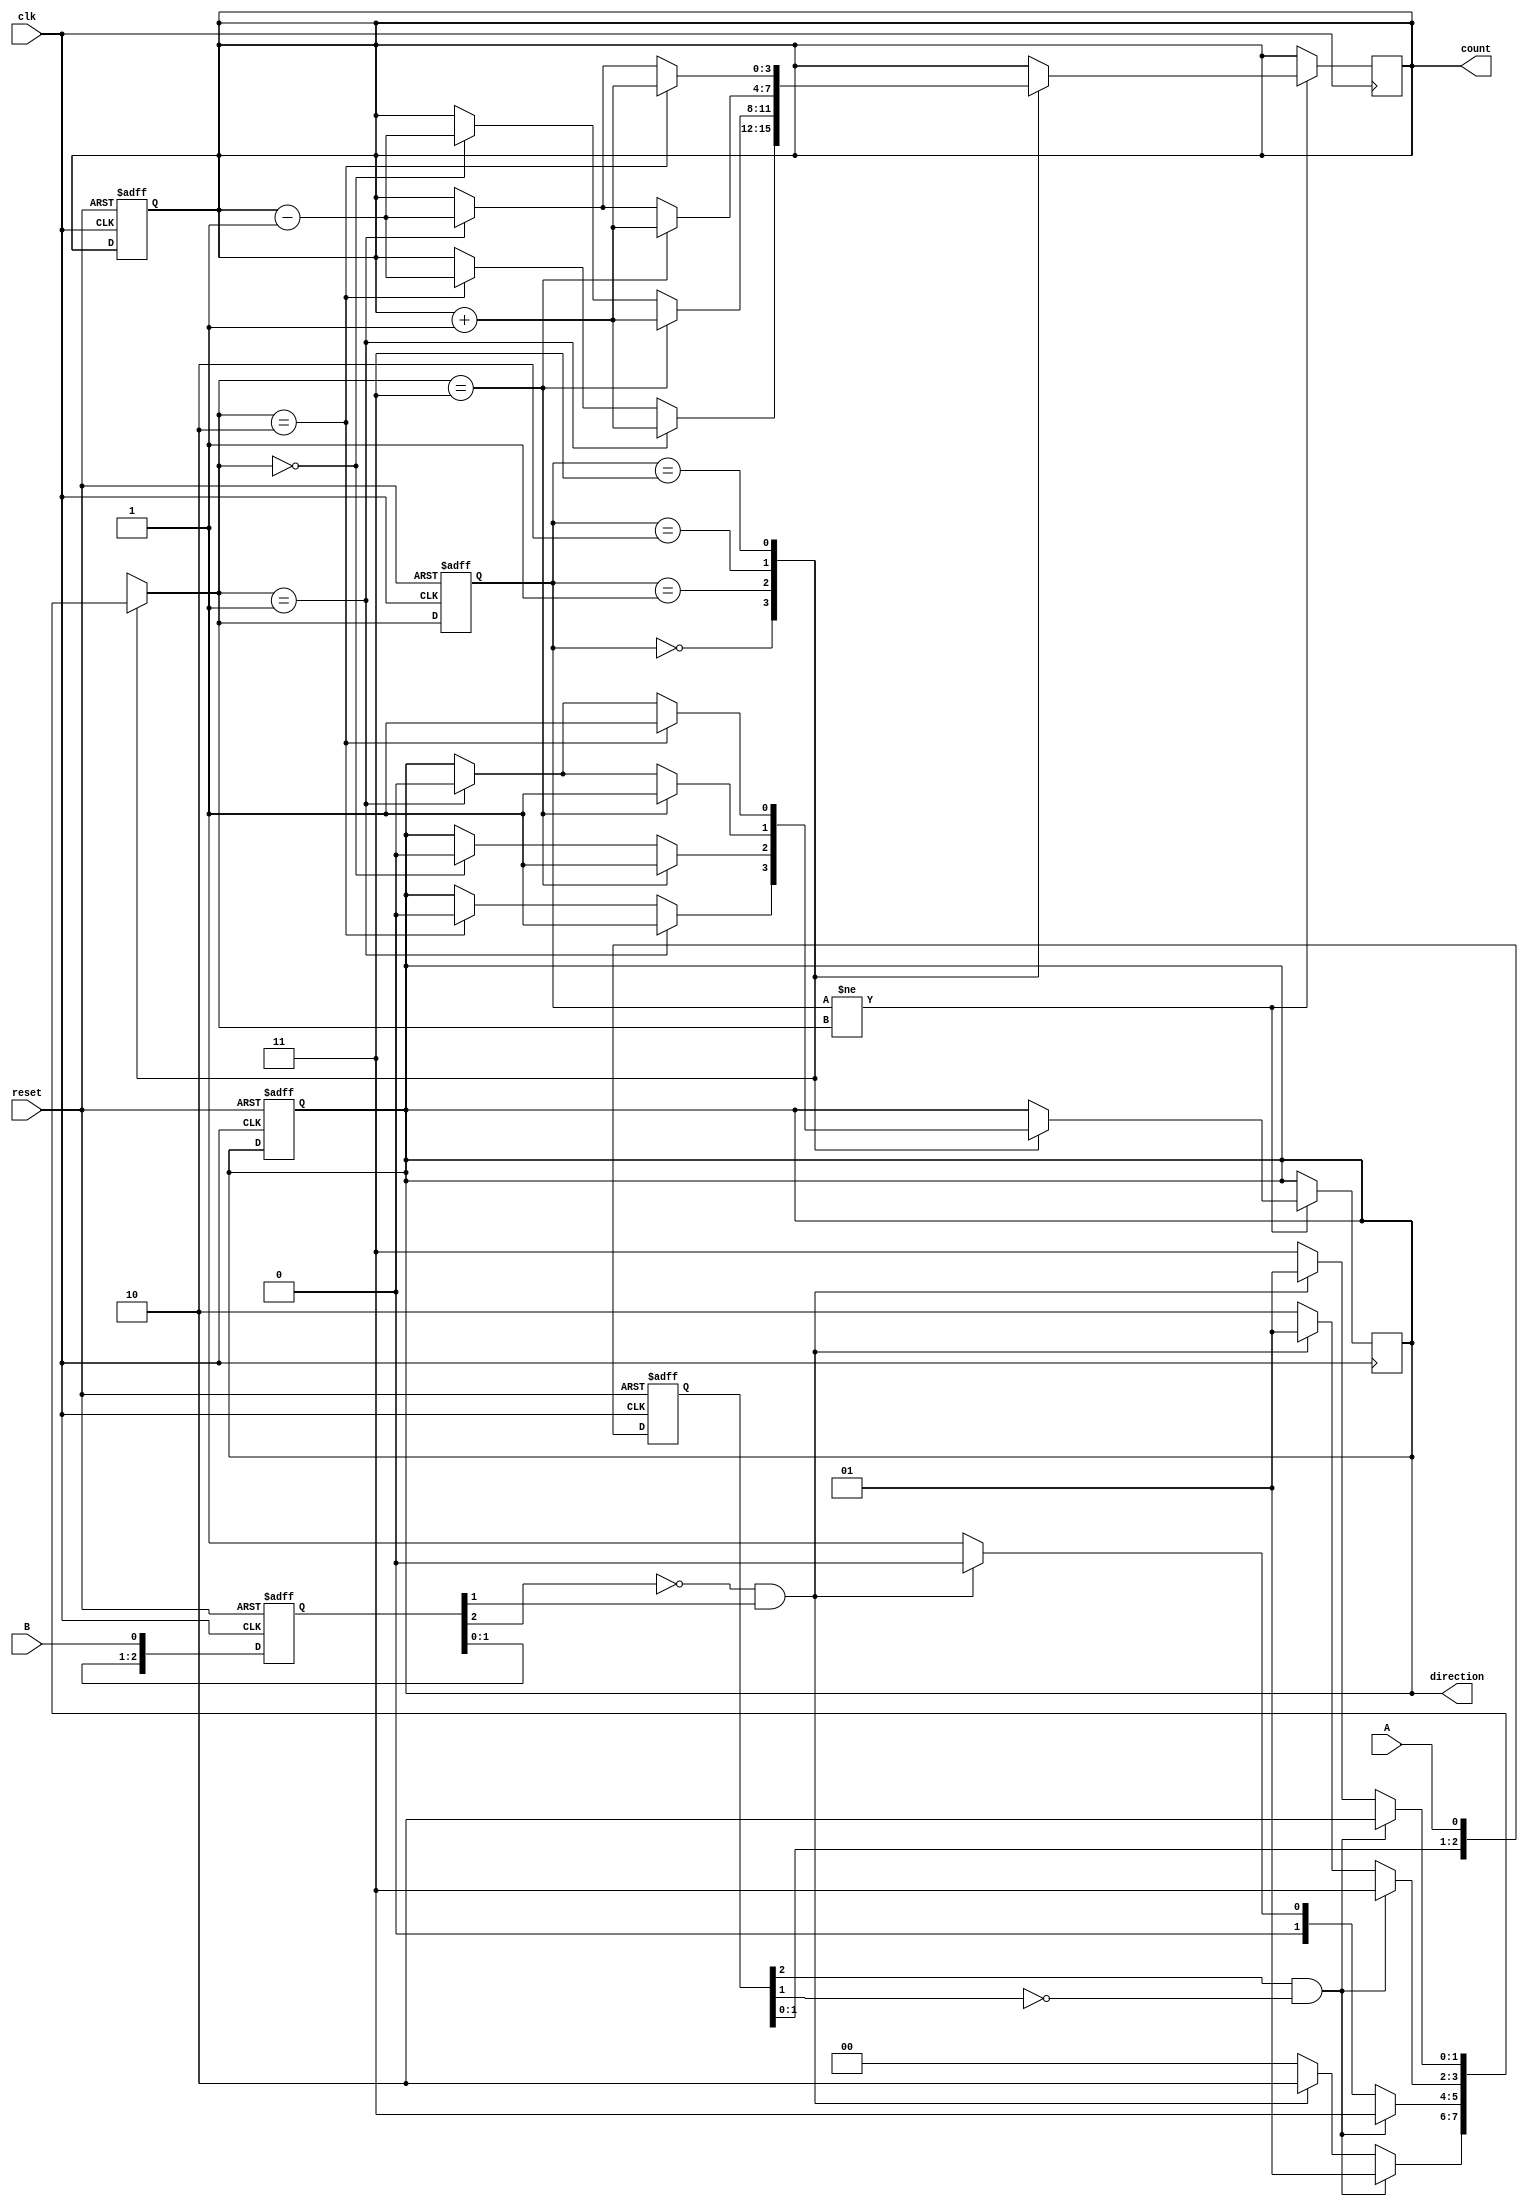
module rotary_encoder (
    input wire clk,          // Clock signal for debouncing
    input wire reset,        // Asynchronous reset
    input wire A,           // Current position signal A
    input wire B,           // Current position signal B
    output reg [3:0] count, // 4-bit counter output
    output reg direction     // Direction: 1 for clockwise, 0 for counterclockwise
);

    // State encoding
    reg [1:0] current_state, next_state;
    reg [1:0] last_state;

    // State definitions
    localparam STATE_00 = 2'b00;
    localparam STATE_01 = 2'b01;
    localparam STATE_10 = 2'b10;
    localparam STATE_11 = 2'b11;

    // Debounce logic (simple example, may need adjustment for real applications)
    reg [2:0] debounce_A;
    reg [2:0] debounce_B;

    always @(posedge clk or posedge reset) begin
        if (reset) begin
            debounce_A <= 3'b000;
            debounce_B <= 3'b000;
        end else begin
            debounce_A <= {debounce_A[1:0], A};
            debounce_B <= {debounce_B[1:0], B};
        end
    end

    // State transition logic
    always @(posedge clk or posedge reset) begin
        if (reset) begin
            current_state <= STATE_00;
            count <= 4'b0000;
            direction <= 1'b0; // Default direction
        end else begin
            current_state <= next_state;
        end
    end

    // Next state logic based on debounced inputs
    always @(*) begin
        case (current_state)
            STATE_00: begin
                if (debounce_A[2] && !debounce_A[1]) begin
                    next_state = STATE_01; // A goes high
                end else if (!debounce_B[2] && debounce_B[1]) begin
                    next_state = STATE_10; // B goes low
                end else begin
                    next_state = STATE_00;
                end
            end
            STATE_01: begin
                if (debounce_A[2] && !debounce_A[1]) begin
                    next_state = STATE_11; // A goes high
                end else if (!debounce_B[2] && debounce_B[1]) begin
                    next_state = STATE_00; // B goes low
                end else begin
                    next_state = STATE_01;
                end
            end
            STATE_10: begin
                if (debounce_A[2] && !debounce_A[1]) begin
                    next_state = STATE_11; // A goes high
                end else if (!debounce_B[2] && debounce_B[1]) begin
                    next_state = STATE_01; // B goes low
                end else begin
                    next_state = STATE_10;
                end
            end
            STATE_11: begin
                if (debounce_A[2] && !debounce_A[1]) begin
                    next_state = STATE_10; // A goes high
                end else if (!debounce_B[2] && debounce_B[1]) begin
                    next_state = STATE_01; // B goes low
                end else begin
                    next_state = STATE_11;
                end
            end
            default: next_state = STATE_00;
        endcase
    end

    // Count and direction logic
    always @(posedge clk) begin
        if (current_state != next_state) begin
            case (current_state)
                STATE_00: begin
                    if (next_state == STATE_01) begin
                        count <= count + 1; // Clockwise
                        direction <= 1'b1;
                    end else if (next_state == STATE_10) begin
                        count <= count - 1; // Counterclockwise
                        direction <= 1'b0;
                    end
                end
                STATE_01: begin
                    if (next_state == STATE_11) begin
                        count <= count + 1; // Clockwise
                        direction <= 1'b1;
                    end else if (next_state == STATE_00) begin
                        count <= count - 1; // Counterclockwise
                        direction <= 1'b0;
                    end
                end
                STATE_10: begin
                    if (next_state == STATE_11) begin
                        count <= count + 1; // Clockwise
                        direction <= 1'b1;
                    end else if (next_state == STATE_01) begin
                        count <= count - 1; // Counterclockwise
                        direction <= 1'b0;
                    end
                end
                STATE_11: begin
                    if (next_state == STATE_10) begin
                        count <= count + 1; // Clockwise
                        direction <= 1'b1;
                    end else if (next_state == STATE_01) begin
                        count <= count - 1; // Counterclockwise
                        direction <= 1'b0;
                    end
                end
            endcase
        end
    end

endmodule